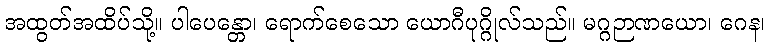
အထွတ်အထိပ်သို့။ ပါပေန္တော၊ ရောက်စေသော ယောဂီပုဂ္ဂိုလ်သည်။ မဂ္ဂဉာဏယော၊ ဂေန၊